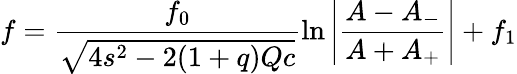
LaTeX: f=\frac{f_{0}}{\sqrt{4s^{2}-2(1+q)Qc}}\ln{\left|\frac{A-A_{-}}{A+A_{+}}\right|}+f_{1}